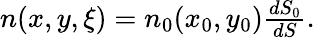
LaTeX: \begin{array}{r}{n(x,y,\xi)=n_{0}(x_{0},y_{0})\frac{dS_{0}}{dS}.}\end{array}